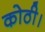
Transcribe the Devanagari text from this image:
कोठी।